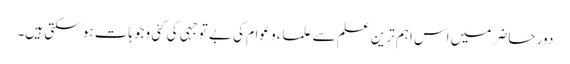
دور حاضر میں اس اہم ترین علم سے علماء و عوام کی بے توجہی کی کئی وجوہات ہو سکتی ہیں۔